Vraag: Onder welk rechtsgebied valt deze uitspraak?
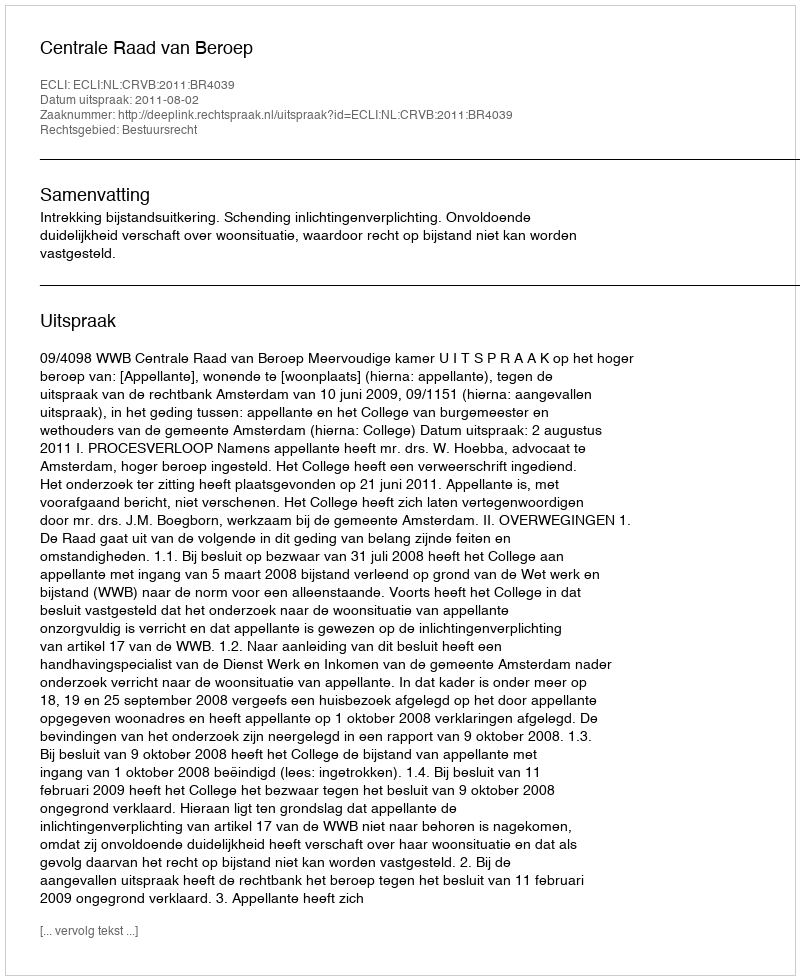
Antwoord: Bestuursrecht